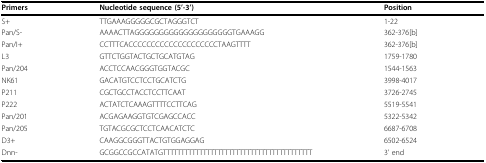
| Primers | Nucleotide sequence (5'-3') | Position |
 | --- | --- | --- |
 | S+ | TTGAAAGGGGGCGCTAGGGTCT | 1-22 |
 | Pan/S- | AAAACTTAGGGGGGGGGGGGGGGGGGGGTGAAAGG | 362-376[b] |
 | Pan/I+ | CCTTTCACCCCCCCCCCCCCCCCCCCCTAAGTTTT | 362-376[b] |
 | L3 | GTTCTGGTACTGCTGCATGTAG | 1759-1780 |
 | Pan/204 | ACCTCCAACGGGTGGTACGC | 1544-1563 |
 | NK61 | GACATGTCCTCCTGCATCTG | 3998-4017 |
 | P211 | CGCTGCCTACCTCCTTCAAT | 3726-2745 |
 | P222 | ACTATCTCAAAGTTTTCCTTCAG | 5519-5541 |
 | Pan/201 | ACGAGAAGGTGTCGAGCCACC | 5322-5342 |
 | Pan/205 | TGTACGCGCTCCTCAACATCTC | 6687-6708 |
 | D3+ | CAAGGCGGGTTACTGTGGAGGAG | 6502-6524 |
 | Dnn- | GCGGCCGCCATATGTTTTTTTTTTTTTTTTTTTTTTTTTTTTTTTTTTTTTTTTT | 3' end |